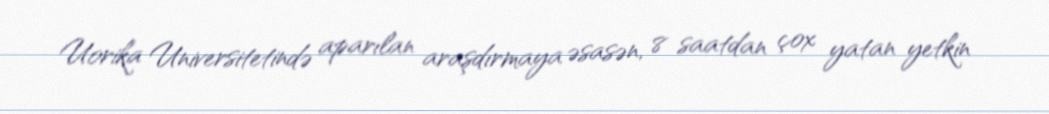
Uorika Universitetində aparılan araşdırmaya əsasən, 8 saatdan çox yatan yetkin